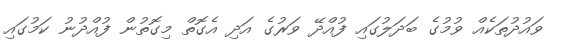
ވައުދުތަކެއް ވުމުގެ ބަދަލުގައި ފުއްދޭ ވަރުގެ އަދި އެގޮތް މިގޮތުން ފުއްދުނު ކަމުގައި